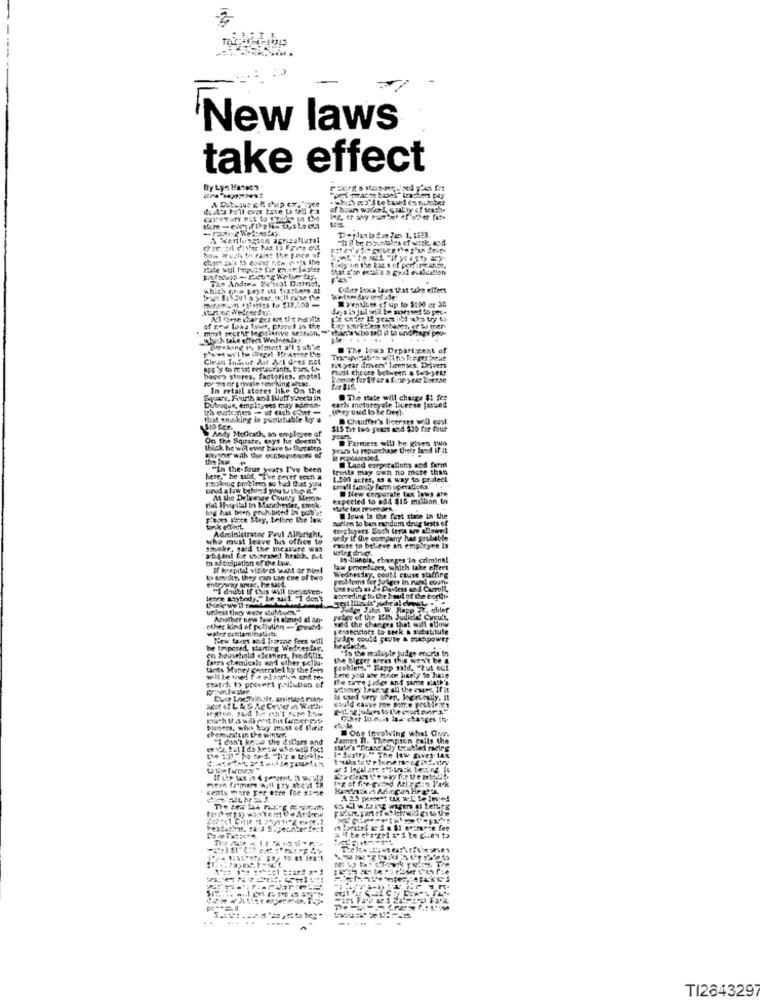
New laws
take effect
By Lyn Manson
detta he'll ever koke to tell t'a
A Wantingten agricultural
What a'ce eotitis a padl evaication
Oder Iowa Laws that cubre effect
YeniLes of up to $100 or 36
af gew lows laws, pozred in tire
marta who sell it to undiagy pro-
Aoch take effect Wednesday.
.......
The Idus Department of
Cleos Theout Aar Act dees =44
fix year drivers" licenses Drivers
most choose between a top-year
bages stores, factories. motel
In retail stores like On the
Square, Fourth and Bluff sheets in
The state will charge $1 fez
Dubuque, employees may admon-
carb motoreyele Tiverse fassed
that smoking is punishable by
Chauffer's licersrs wil cost
Andy McGrath, an employee of
$15 for two years and $30 for four
+ Squate, txys he doesn't
Farmers will be gives two
thick he will ever have to Diecatto
years to repurchase their land if it
motor with the ochloquenses of
Land corporations and farm
"In the-four years I've been
trois may Gan no more than
here," he said, "I've never soch a
1.500 acres, es a way to protect
New corporate tax lows are
At the Drlawage County Memos.
expected to add $15 million. to
log has been prohibited In pobyt
fat Hospital in Manchester, Emok.
state tax rever SPR.
willen lo ban random drug tests of
Ilows Is the font state in the
Adisinistrater Paul Allbright,
tues loyees Such ter are Llaerd
who must leave bus office to
sely if the company has probab!
Smoke, gald the measure was
must to believe an empty
attend for ickcreased health, But
m &s dicipation of the law.
In-lineols, changes 'in criminal
If hoepital vtflores twant or not
law procedazes, which take effect
Wednesday, could cause staffire
to smule, they can tis ese of ted
entreway areas. he said
"I doubt If this will the asche
ons such as Ja Daviess and CueroIL
lowreding to Che bood of the bortthe
unless they were subbom."
dee John W. Rapp Ft, chief
Abother hew low in atmed af ans
we'd the changes that will sunww
other kind of pollution - ground.
Hex tart mod harose fees will
zare could Çevir & manpower
be imposed, starting Wednesday.
"is the maluple judge eccris In
fama chemicals and other Bella.
ch household clemens, hedtids,
the BiErer preas this won't be a
tante Money contrated by the fees
bene you are here hte.y lo hare
problem."Kapp said. "Put Gut
fatih to prevert pollution of
willle thed for alsorion and tre
the ture Judge anf sarge KA!h's
I cud wry Ghen, hoerteully. it
Dopoers, win bag must of their
one involving what Cov.
"I don't kees the dollars and
James R. Therapien Calls the
I" Austry. The Itw gves. LAx
Keats mare Fer tere Ice same
4.4
TI2843297